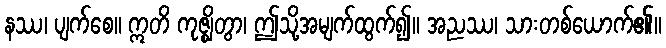
နဿ၊ ပျက်စေ။ ဣတိ ကုဇ္ဈိတွာ၊ ဤသို့အမျက်ထွက်၍။ အညဿ၊ သားတစ်ယောက်၏။